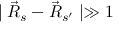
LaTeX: \mid \vec { R } _ { s } - \vec { R } _ { s ^ { \prime } } \mid \gg 1